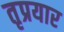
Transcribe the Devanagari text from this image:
तृप्रयार